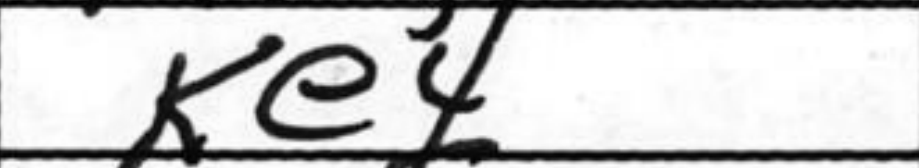
Transcription: Ke4